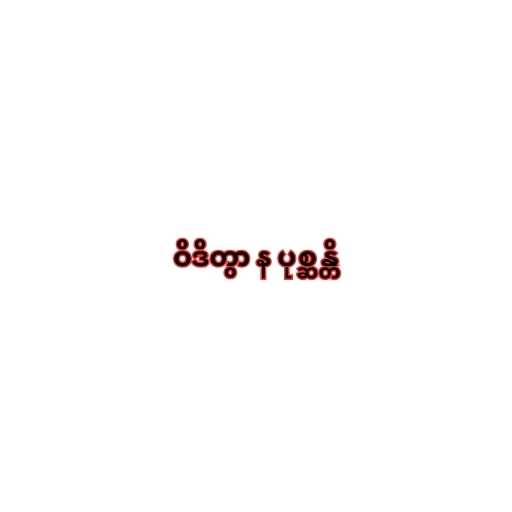
ဝိဒိတွာ န ပုစ္ဆန္တိ